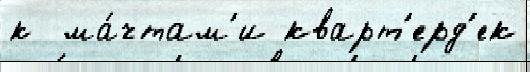
к  ма́чтам'и кварт'ерд'ек